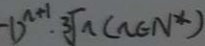
- 1 ) ^ { n + 1 } \cdot 3 \sqrt { n } ( n \in N ^ { \ast } )